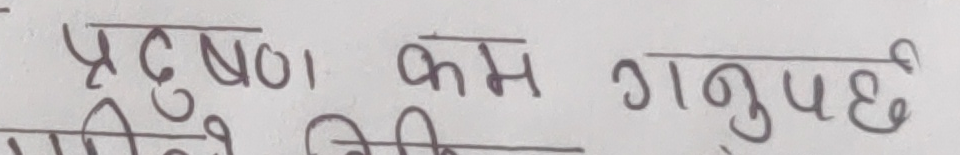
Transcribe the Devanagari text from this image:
प्रदुषण । कम गनुपछै